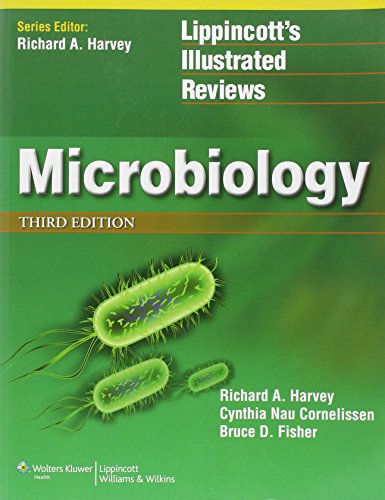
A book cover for Microbiology (Lippincott Illustrated Reviews Series); Richard A. Harvey PhD; Medical Books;